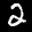
Digit: 2